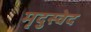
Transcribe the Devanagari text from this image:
मृदुस्वेद